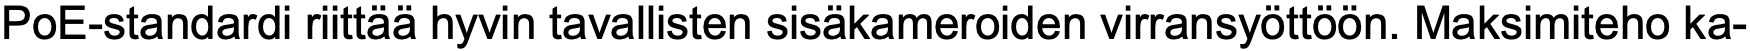
PoE-standardi riittää hyvin tavallisten sisäkameroiden virransyöttöön. Maksimiteho ka-